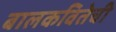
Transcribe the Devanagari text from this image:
बालकवितेची